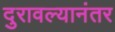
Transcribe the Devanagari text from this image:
दुरावल्यानंतर